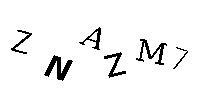
ZNAZM7